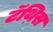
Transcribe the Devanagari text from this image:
टॅथ़िस